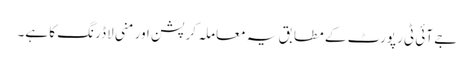
جے آئی ٹی رپورٹ کے مطابق یہ معاملہ کرپشن اور منی لاڈرنگ کا ہے۔